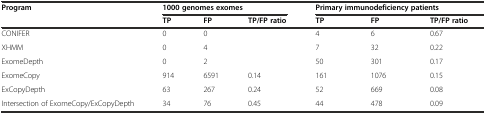
| Program | <COLSPAN=3> 1000 genomes exomes | <COLSPAN=3> Primary immunodeficiency patients |
 |  | TP | FP | TP/FP ratio | TP | FP | TP/FP ratio |
 | --- | --- | --- | --- | --- | --- | --- |
 | CONIFER | 0 | 0 |  | 4 | 6 | 0.67 |
 | XHMM | 0 | 4 |  | 7 | 32 | 0.22 |
 | ExomeDepth | 0 | 2 |  | 50 | 301 | 0.17 |
 | ExomeCopy | 914 | 6591 | 0.14 | 161 | 1076 | 0.15 |
 | ExCopyDepth | 63 | 267 | 0.24 | 52 | 669 | 0.08 |
 | Intersection of ExomeCopy/ExCopyDepth | 34 | 76 | 0.45 | 44 | 478 | 0.09 |